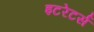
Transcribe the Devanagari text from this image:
इटरेटर्स